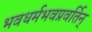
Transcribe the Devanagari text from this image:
भवधर्मभवप्रवर्तिन्